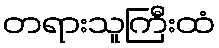
တရားသူကြီးထံ